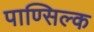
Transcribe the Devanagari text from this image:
पाण्सिल्क